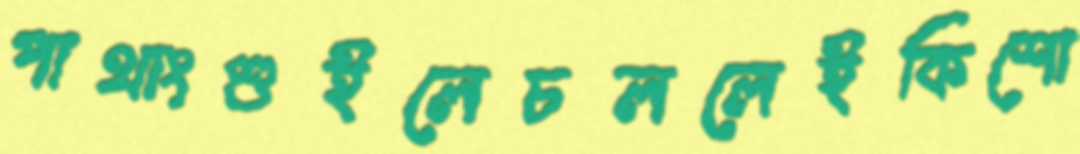
পাথাংশুইলেচললেইকিশো